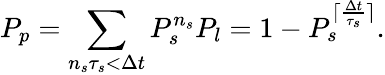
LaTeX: P_{p}=\sum_{n_{s}\tau_{s}<\Delta t}P_{s}^{n_{s}}P_{l}=1-P_{s}^{\lceil\frac{\Delta t}{\tau_{s}}\rceil}.